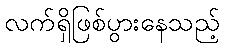
လက်ရှိဖြစ်ပွားနေသည့်